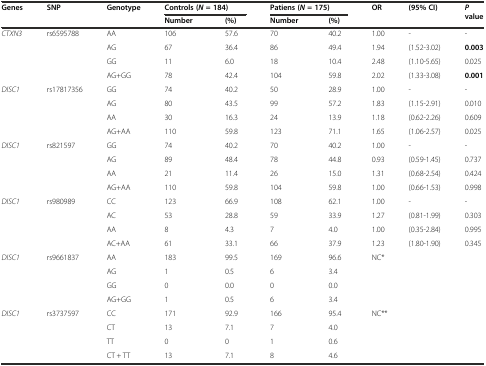
<table><thead><tr><td rowspan="2"><b>Genes</b></td><td rowspan="2"><b>SNP</b></td><td rowspan="2"><b>Genotype</b></td><td colspan="2"><b>Controls (<i>N</i>= 184)</b></td><td colspan="2"><b>Patiens (<i>N</i>= 175)</b></td><td rowspan="2"><b>OR</b></td><td rowspan="2"><b>(95% CI)</b></td><td rowspan="2"><b><i>P</i>value</b></td></tr><tr><td><b>Number</b></td><td><b>(%)</b></td><td><b>Number</b></td><td><b>(%)</b></td></tr></thead><tbody><tr><td><i>CTXN3</i></td><td>rs6595788</td><td>AA</td><td>106</td><td>57.6</td><td>70</td><td>40.2</td><td>1.00</td><td>-</td><td>-</td></tr><tr><td></td><td></td><td>AG</td><td>67</td><td>36.4</td><td>86</td><td>49.4</td><td>1.94</td><td>(1.52-3.02)</td><td><b>0.003</b></td></tr><tr><td></td><td></td><td>GG</td><td>11</td><td>6.0</td><td>18</td><td>10.4</td><td>2.48</td><td>(1.10-5.65)</td><td>0.025</td></tr><tr><td></td><td></td><td>AG+GG</td><td>78</td><td>42.4</td><td>104</td><td>59.8</td><td>2.02</td><td>(1.33-3.08)</td><td><b>0.001</b></td></tr><tr><td><i>DISC1</i></td><td>rs17817356</td><td>GG</td><td>74</td><td>40.2</td><td>50</td><td>28.9</td><td>1.00</td><td>-</td><td>-</td></tr><tr><td></td><td></td><td>AG</td><td>80</td><td>43.5</td><td>99</td><td>57.2</td><td>1.83</td><td>(1.15-2.91)</td><td>0.010</td></tr><tr><td></td><td></td><td>AA</td><td>30</td><td>16.3</td><td>24</td><td>13.9</td><td>1.18</td><td>(0.62-2.26)</td><td>0.609</td></tr><tr><td></td><td></td><td>AG+AA</td><td>110</td><td>59.8</td><td>123</td><td>71.1</td><td>1.65</td><td>(1.06-2.57)</td><td>0.025</td></tr><tr><td><i>DISC1</i></td><td>rs821597</td><td>GG</td><td>74</td><td>40.2</td><td>70</td><td>40.2</td><td>1.00</td><td>-</td><td>-</td></tr><tr><td></td><td></td><td>AG</td><td>89</td><td>48.4</td><td>78</td><td>44.8</td><td>0.93</td><td>(0.59-1.45)</td><td>0.737</td></tr><tr><td></td><td></td><td>AA</td><td>21</td><td>11.4</td><td>26</td><td>15.0</td><td>1.31</td><td>(0.68-2.54)</td><td>0.424</td></tr><tr><td></td><td></td><td>AG+AA</td><td>110</td><td>59.8</td><td>104</td><td>59.8</td><td>1.00</td><td>(0.66-1.53)</td><td>0.998</td></tr><tr><td><i>DISC1</i></td><td>rs980989</td><td>CC</td><td>123</td><td>66.9</td><td>108</td><td>62.1</td><td>1.00</td><td>-</td><td>-</td></tr><tr><td></td><td></td><td>AC</td><td>53</td><td>28.8</td><td>59</td><td>33.9</td><td>1.27</td><td>(0.81-1.99)</td><td>0.303</td></tr><tr><td></td><td></td><td>AA</td><td>8</td><td>4.3</td><td>7</td><td>4.0</td><td>1.00</td><td>(0.35-2.84)</td><td>0.995</td></tr><tr><td></td><td></td><td>AC+AA</td><td>61</td><td>33.1</td><td>66</td><td>37.9</td><td>1.23</td><td>(1.80-1.90)</td><td>0.345</td></tr><tr><td><i>DISC1</i></td><td>rs9661837</td><td>AA</td><td>183</td><td>99.5</td><td>169</td><td>96.6</td><td rowspan="4" colspan="3">NC*</td></tr><tr><td></td><td></td><td>AG</td><td>1</td><td>0.5</td><td>6</td><td>3.4</td></tr><tr><td></td><td></td><td>GG</td><td>0</td><td>0.0</td><td>0</td><td>0.0</td></tr><tr><td></td><td></td><td>AG+GG</td><td>1</td><td>0.5</td><td>6</td><td>3.4</td></tr><tr><td><i>DISC1</i></td><td>rs3737597</td><td>CC</td><td>171</td><td>92.9</td><td>166</td><td>95.4</td><td rowspan="4" colspan="3">NC**</td></tr><tr><td></td><td></td><td>CT</td><td>13</td><td>7.1</td><td>7</td><td>4.0</td></tr><tr><td></td><td></td><td>TT</td><td>0</td><td>0</td><td>1</td><td>0.6</td></tr><tr><td></td><td></td><td>CT + TT</td><td>13</td><td>7.1</td><td>8</td><td>4.6</td></tr></tbody></table>